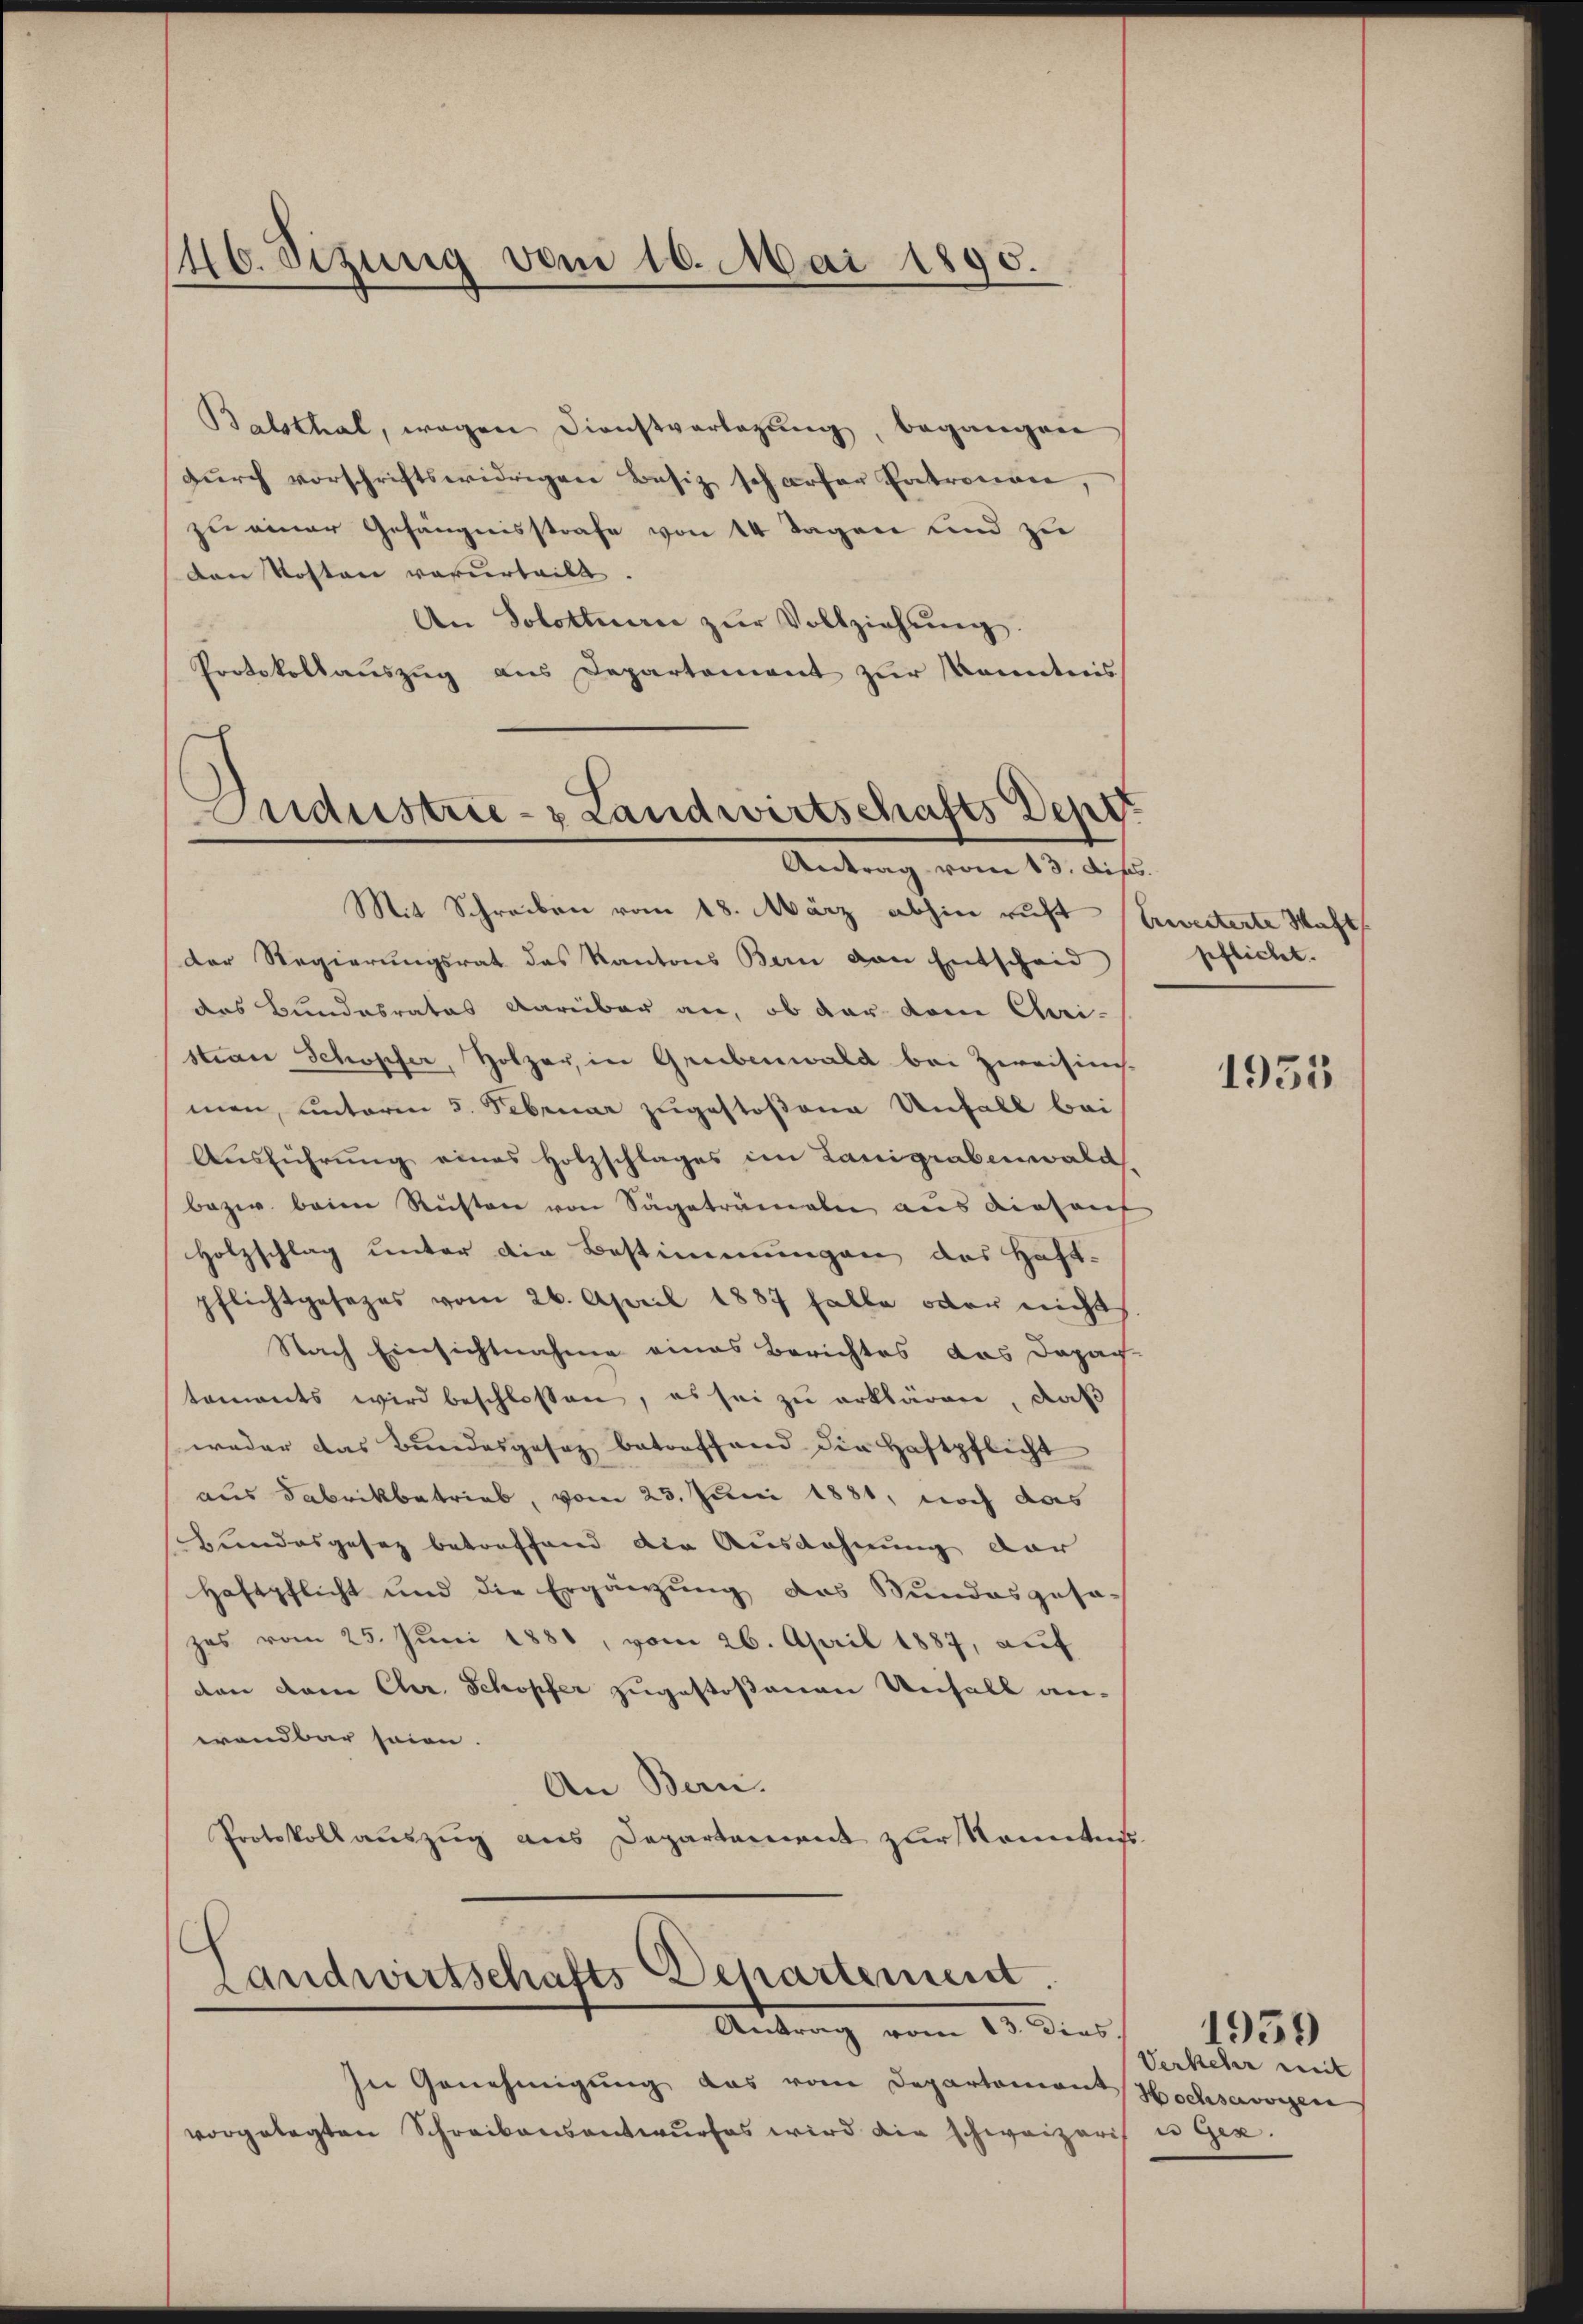
46. Sizung vom 10. Mai 1890.

Balsthal, wegen Dienstverlegŭng, begangen
dŭrch vorschriftswidrigen Besiz scharfer Entronen,
zu einer Gefängnisstrafe von 14 Tagen und zu
den Kosten verurteilt.
An Solottuer zŭr Vollziehŭng.
Protokollauszug aus Departement zur Kenntnis

Industrie- & Landwirtschafts Depo
Antrag vom 13. Dikt.

Mit Schreiben vom 18. März abhin ruft Erweiterte Mast
der Regierungsrat des Kantons Bern von Entscheid
das Bundesrates darüber an, ob der dem Chri-
stian Schopfer, Holzer, in Grubenwald bei Zweisins
men, unterm 5. Februar zugestoßene Unfall bei
Ausführung eines Holzschlages im Lanigrabenwald.
bezw. beim Rüsten von Sägetrameln aus diesenf
Holzschlag unter die Bestimmungen des Haft-
pflichtgesezes vom 26. April 1887 halbe oder nicht
Nach Einsichtnahme eines Berichtes das Dapach
taments wird beschlossen, es sei zu erklären, daß
weder das Bundesgesez betreffend die Haftpflicht
aus Fabrikbetrieb, vom 25. Juni 1881, noch das
Bundesgesez betreffend die Ausdehnung der
Haftpflicht und die Ergänzung das Stundesgesa-
zes vom 25. Juni 1881, vom 26. April 1887, auf
don dem Chr. Schopfer zugestoßenen Unfall an-
wendbar seien.
An Bern.
Protokollauszug aus Departement zur Kenntnis

Landwirtschafts Departement.
Antrag vom 1. dies

In Genehmigung das vom Departement Hochservorgen
vorgelegten Schreibensantwurfes wird die schweizeris

pflicht.

1955

Verkehr weit
c gex.

1939